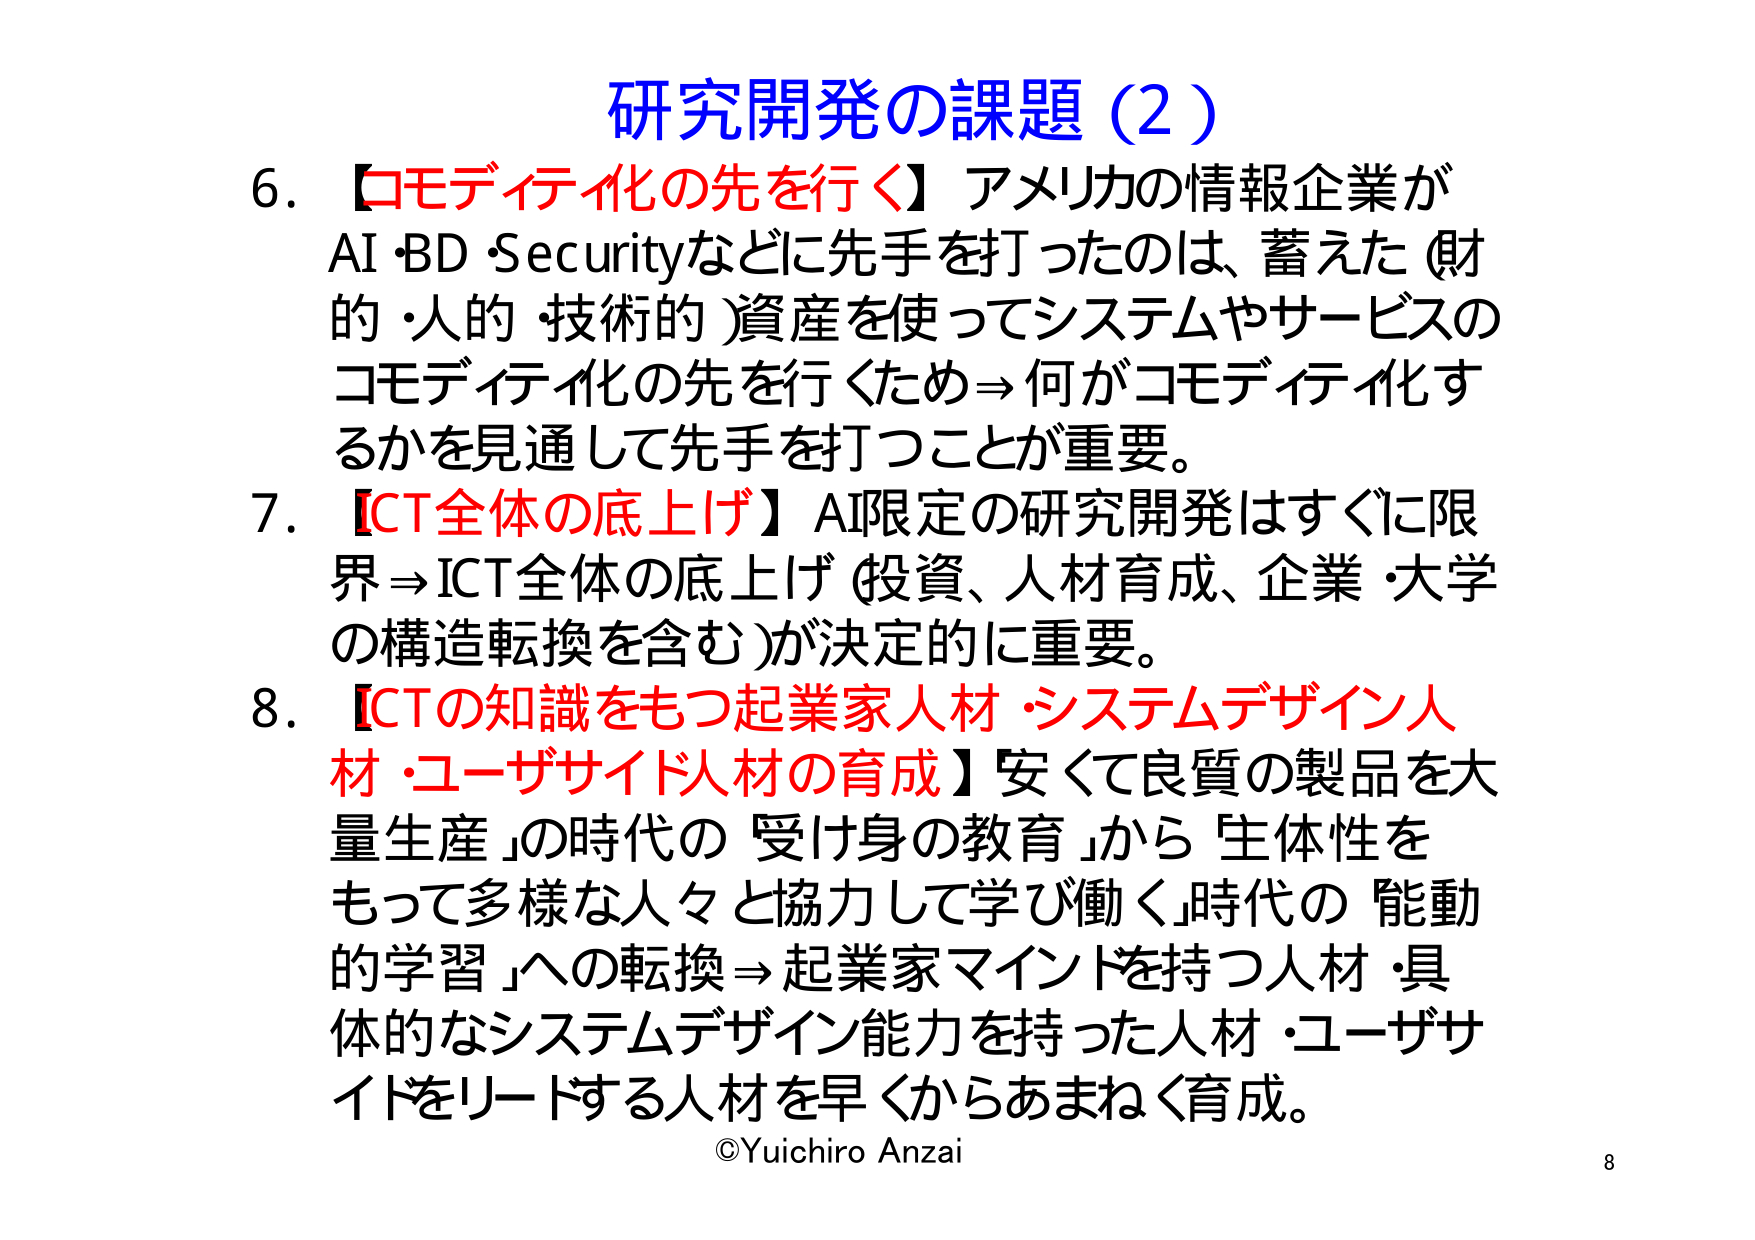
研究開発の課題（2）

6. 【コモディティ化の先を行く】アメリカの情報企業が
AI・BD・Securityなどに先手を打ったのは、蓄えた（財的・人的・技術的）資産を使ってシステムやサービスの
コモディティ化の先を行くため→何がコモディティ化するかを見通して先手を打つことが重要。

7. 【ICT全体の底上げ】AI限定の研究開発はすぐに限界→ICT全体の底上げ（投資、人材育成、企業・大学の構造転換を含む）が決定的に重要。

8. 【ICTの知識をもつ起業家人材・システムデザイン人材・ユーザサイド人材の育成】安くて良質の製品を大量生産」の時代の「受け身の教育」から「主体性をもって多様な人々と協力して学び働く」時代の「能動的学習」への転換→起業家マインドを持つ人材・具体的なシステムデザイン能力を持った人材・ユーザサイドをリードする人材を早くからあまねく育成。

©Yuichiro Anzai
8